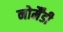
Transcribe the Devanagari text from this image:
नोर्मैंडी